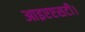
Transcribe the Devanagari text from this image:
आइएएसटी।